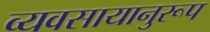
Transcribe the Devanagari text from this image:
व्यवसायानुरूप